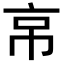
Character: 𢂋